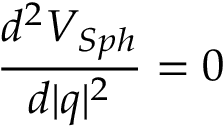
\frac { d ^ { 2 } V _ { S p h } } { d \vert q \vert ^ { 2 } } = 0